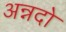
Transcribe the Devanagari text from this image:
अन्नदो